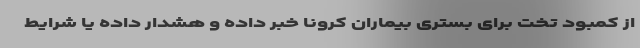
از کمبود تخت برای بستری بیماران کرونا‌ خبر داده و هشدار داده یا شرایط